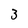
Character: 3